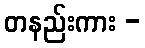
တနည်းကား -